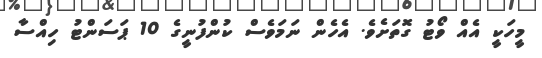
މީހަކީ އެއް ވޯޓު ގޮތަށެވެ. އެހެން ނަމަވެސް ކުންފުނީގެ 10 ޕަސަންޓު ހިއްސާ